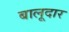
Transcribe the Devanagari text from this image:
बालूदार